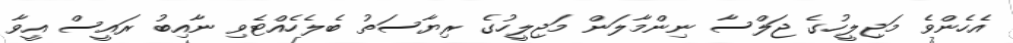
އެހެންވެ މަޖިލީހުގެ ޖަލްސާ ނިންމާލަން މަޖިލީހުގެ ރިޔާސަތު ބެލެހެއްޓެވި ނާއިބު ރައީސް އީވާ